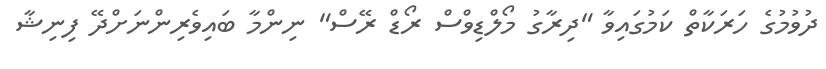
ދުވުމުގެ ހަރަކާތް ކަމުގައިވާ "ދިރާގު މޯލްޑިވްސް ރޯޑް ރޭސް" ނިންމާ ބައިވެރިންނަށްދޭ ފިނިޝާ